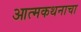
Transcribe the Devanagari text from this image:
आत्मकथनाचा